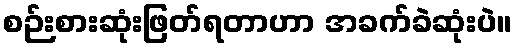
စဉ်းစားဆုံးဖြတ်ရတာဟာ အခက်ခဲဆုံးပဲ။